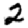
Digit: 2